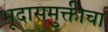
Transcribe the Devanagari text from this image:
भूदासमुक्तीचा